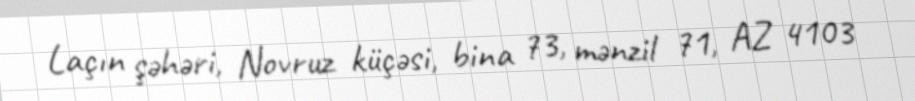
Laçın şəhəri, Novruz küçəsi, bina 73, mənzil 71, AZ 4103